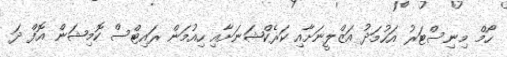
ހޯމް މިނިސްޓަރު އަހުމަދު އަޒްލީނަށާއި ކަރެކްޝަނަށާއި ހިއުމަން ރައިޓްސް ކޮމިޝަން އޮފް ދަ